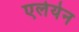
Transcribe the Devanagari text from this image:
एलेयेन